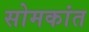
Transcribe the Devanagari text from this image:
सोमकांत